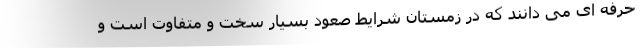
حرفه ای می دانند که در زمستان شرایط صعود بسیار سخت و متفاوت است و